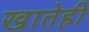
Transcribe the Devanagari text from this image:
खातेही